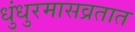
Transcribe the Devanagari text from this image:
धुंधुरमासव्रतात